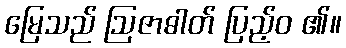
မြေသည် ဩဇာဓါတ် ပြည့်ဝ ၏။